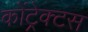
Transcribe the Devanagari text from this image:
कोंट्रेक्टस